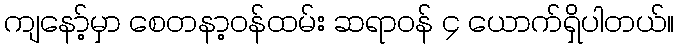
ကျနော့်မှာ စေတနာ့ဝန်ထမ်း ဆရာဝန် ၄ ယောက်ရှိပါတယ်။